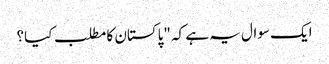
ایک سوال یہ ہے کہ "پاکستان کا مطلب کیا؟